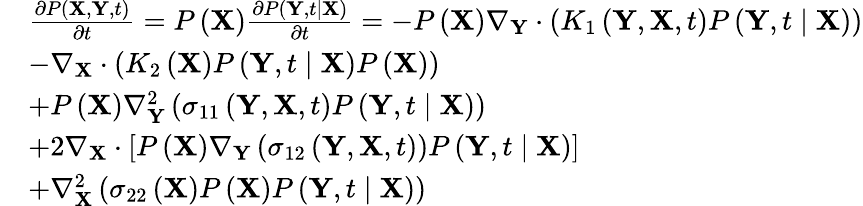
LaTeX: \begin{array}{rl}&{\frac{\partial P\left(\mathbf{X},\mathbf{Y},t\right)}{\partial t}=P\left(\mathbf{X}\right)\frac{\partial P\left(\mathbf{Y},t\mid\mathbf{X}\right)}{\partial t}=-P\left(\mathbf{X}\right)\nabla_{\mathbf{Y}}\cdot\left(K_{1}\left(\mathbf{Y},\mathbf{X},t\right)P\left(\mathbf{Y},t\mid\mathbf{X}\right)\right)}\\ &{-\nabla_{\mathbf{X}}\cdot\left(K_{2}\left(\mathbf{X}\right)P\left(\mathbf{Y},t\mid\mathbf{X}\right)P\left(\mathbf{X}\right)\right)}\\ &{+P\left(\mathbf{X}\right)\nabla_{\mathbf{Y}}^{2}\left(\sigma_{11}\left(\mathbf{Y},\mathbf{X},t\right)P\left(\mathbf{Y},t\mid\mathbf{X}\right)\right)}\\ &{+2\nabla_{\mathbf{X}}\cdot\left[P\left(\mathbf{X}\right)\nabla_{\mathbf{Y}}\left(\sigma_{12}\left(\mathbf{Y},\mathbf{X},t\right)\right)P\left(\mathbf{Y},t\mid\mathbf{X}\right)\right]}\\ &{+\nabla_{\mathbf{X}}^{2}\left(\sigma_{22}\left(\mathbf{X}\right)P\left(\mathbf{X}\right)P\left(\mathbf{Y},t\mid\mathbf{X}\right)\right)}\end{array}